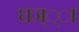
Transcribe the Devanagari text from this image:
घञ््‌ा